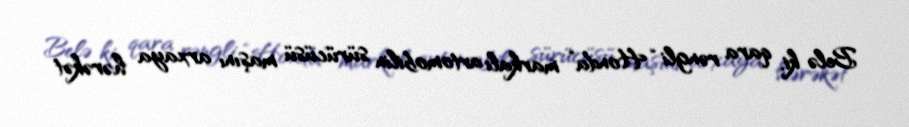
Belə ki, qara rəngli “Honda” markalı avtomobilin sürücüsü maşını arxaya hərəkət